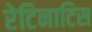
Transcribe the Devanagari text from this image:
रेटिनाटिस